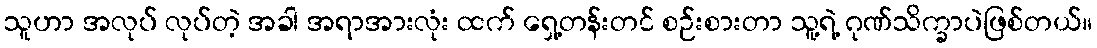
သူဟာ အလုပ် လုပ်တဲ့ အခါ အရာအားလုံး ထက် ရှေ့တန်းတင် စဉ်းစားတာ သူ့ရဲ့ ဂုဏ်သိက္ခာပဲဖြစ်တယ်။